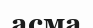
асма